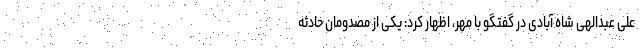
علی عبدالهی شاه آبادی در گفتگو با مهر، اظهار کرد: یکی از مصدومان حادثه